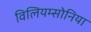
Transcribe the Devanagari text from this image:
विलियम्सोनिया